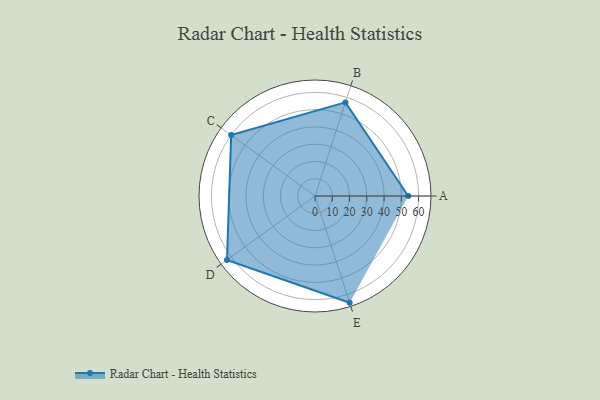
{"axis": {"x": "Skill", "y": "Score"}, "legend": ["Profile"], "data": [{"x": "A", "y": 54.0, "type": "Profile"}, {"x": "B", "y": 57.0, "type": "Profile"}, {"x": "C", "y": 60.0, "type": "Profile"}, {"x": "D", "y": 63.0, "type": "Profile"}, {"x": "E", "y": 65.0, "type": "Profile"}]}